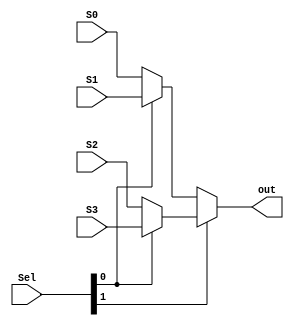
module MUX4_1_5bit(Sel,S0,S1,S2,S3,out);

input [1:0] Sel;
input [4:0] S0,S1,S2,S3;
output [4:0]out;

assign out = (Sel[1]?(Sel[0]?S3:S2) : (Sel[0]?S1:S0));

endmodule